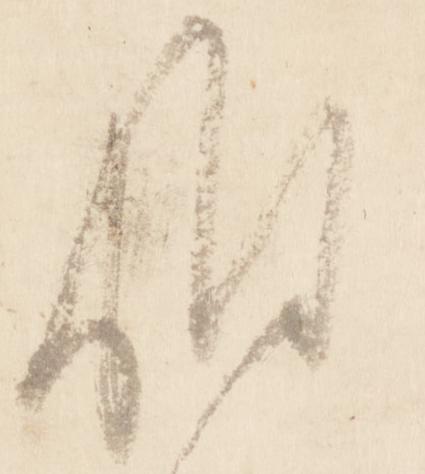
候